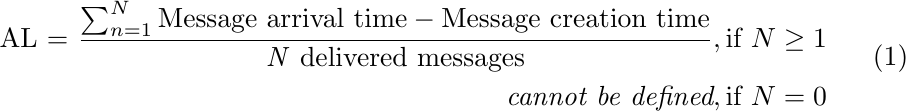
\begin{equation}
    \label{eq2}
    \begin{split}
    \textrm{AL = }
    \frac{\sum_{n=1}^{N} \textrm{Message arrival time} -\textrm{Message creation time}}{\textrm{\emph{N} delivered messages}}, \text{if } N\geq 1
    \\ \emph{cannot be defined}, \text{if } N = 0
    \end{split}
\end{equation}